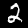
Digit: 2